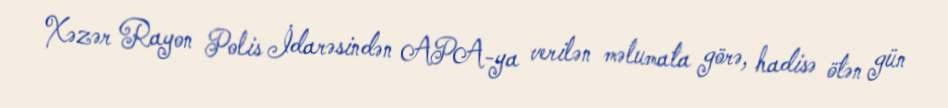
Xəzər Rayon Polis İdarəsindən APA-ya verilən məlumata görə, hadisə ötən gün